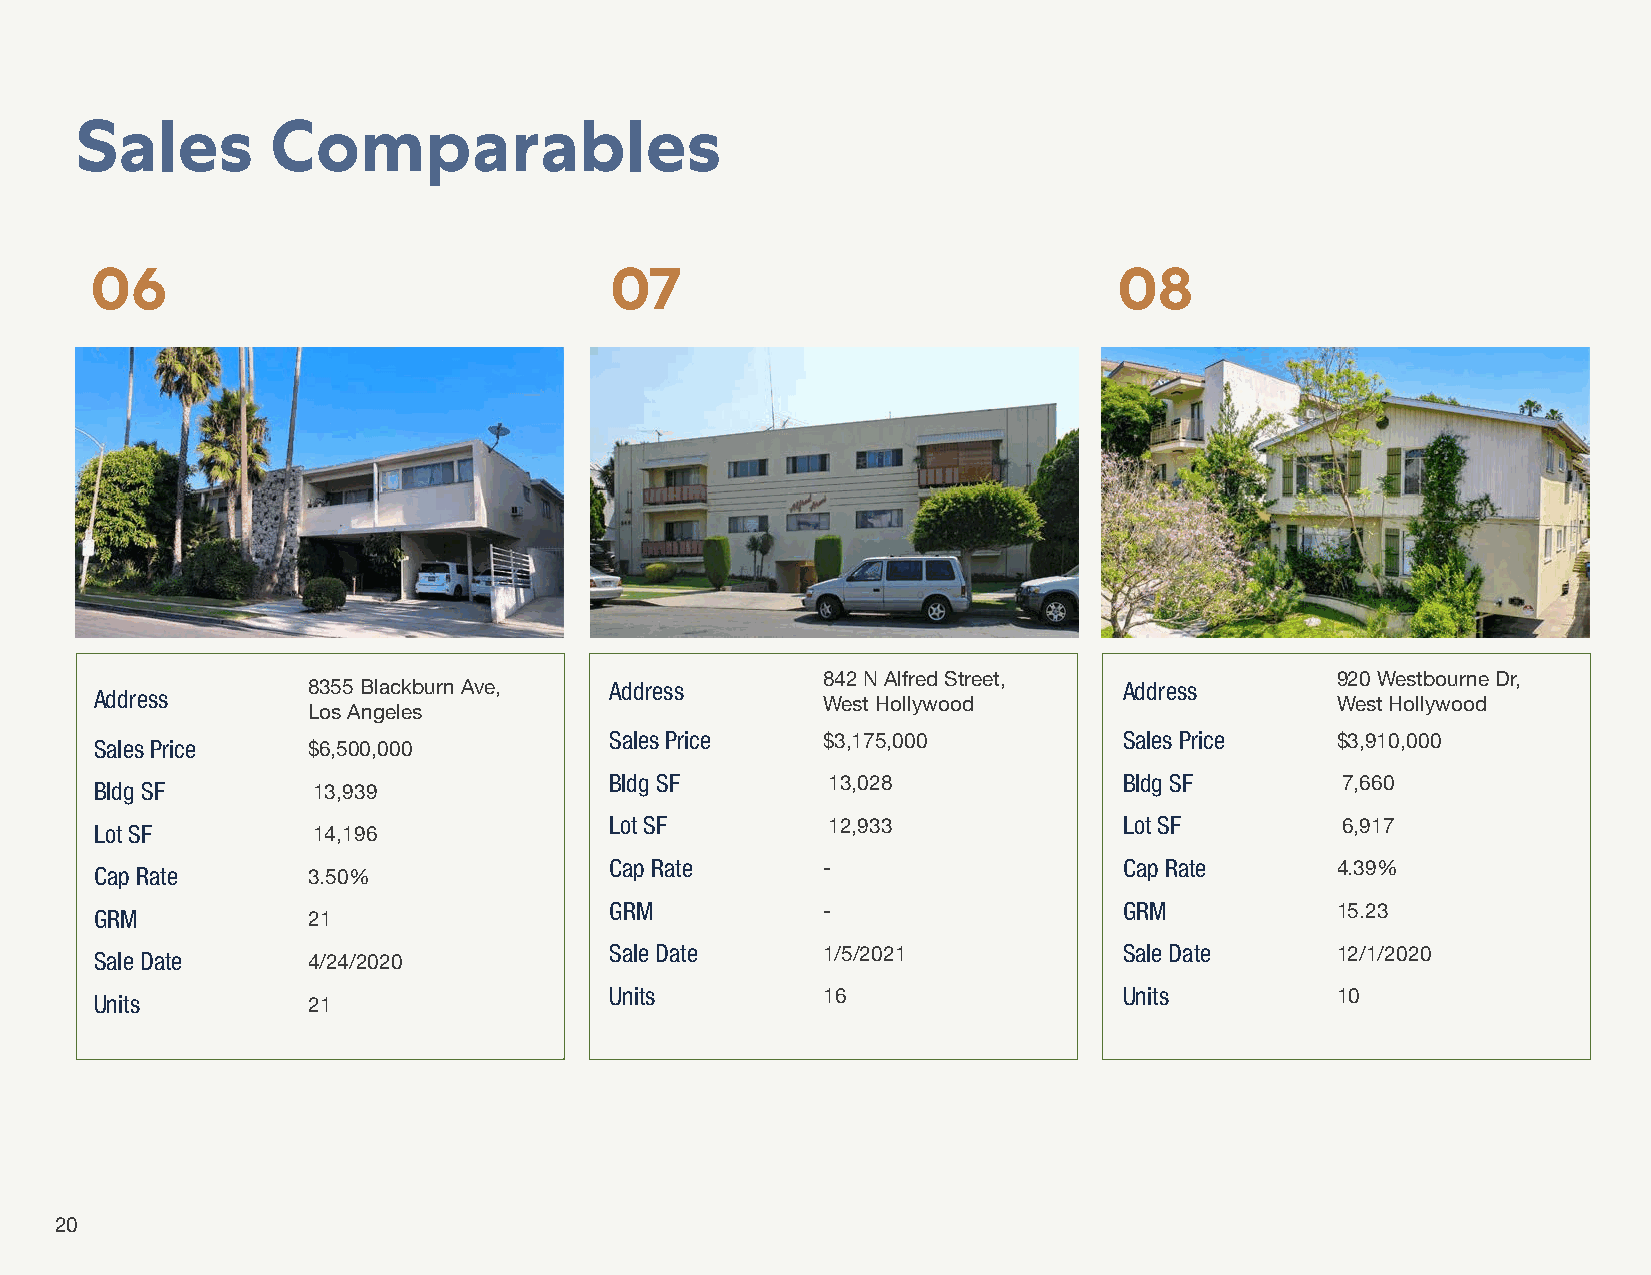
Sales        Comparables
 06                                07                                08
 842 N Alfred Street,              920 Westbourne Dr,
 8355 Blackburn Ave, Address                           Address
 Address                                         West Hollywood                    West Hollywood
 Los Angeles
 Sales Price   $3,175,000          Sales Price   $3,910,000
 Sales Price   $6,500,000
 Bldg SF        13,028             Bldg SF        7,660
 Bldg SF        13,939
 Lot SF         12,933             Lot SF         6,917
 Lot SF         14,196
 Cap Rate      -                   Cap Rate      4.39%
 Cap Rate      3.50%
 GRM           -                   GRM           15.23
 GRM           21
 Sale Date     1/5/2021            Sale Date     12/1/2020
 Sale Date     4/24/2020
 Units         16                  Units         10
 Units         21
 20